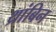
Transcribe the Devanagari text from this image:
थ्रांबिन